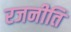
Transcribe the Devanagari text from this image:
रजनीति